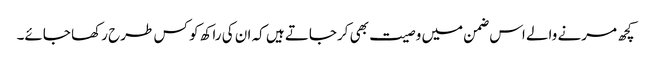
کچھ مرنے والے اس ضمن میں وصیت بھی کرجاتے ہیں کہ ان کی راکھ کو کس طرح رکھا جائے۔